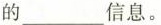
的___信息。